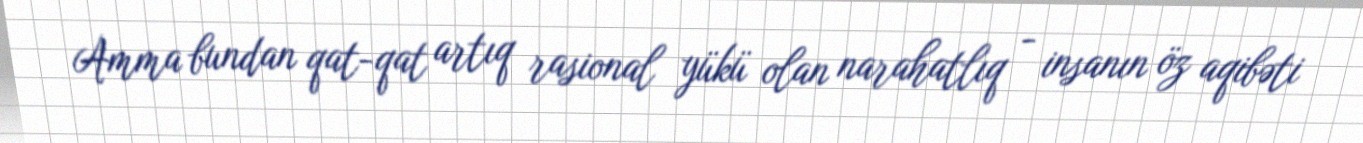
Amma bundan qat-qat artıq rasional yükü olan narahatlıq - insanın öz aqibəti